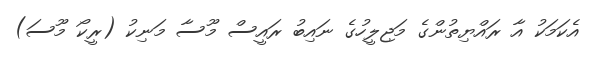
އެކަމަކު އާ ރައްޔިތުންގެ މަޖިލީހުގެ ނައިބު ރައީސް މޫސާ މަނިކު (ރީކޯ މޫސަ)